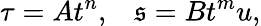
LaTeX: \tau=At^{n},\; \; \; \mathfrak{s}=Bt^{m}u,